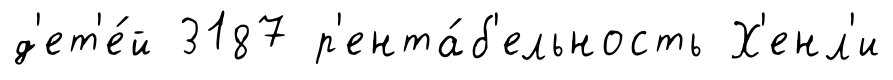
д'ет'е́й 3187 р'ента́б'ельность Х'енл'и